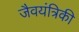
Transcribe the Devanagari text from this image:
जैवयंत्रिकी